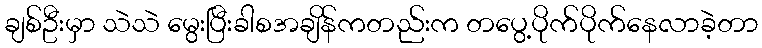
ချစ်ဦးမှာ သဲသဲ မွေးပြီးခါစအချိန်ကတည်းက တပွေ့ပိုက်ပိုက်နေလာခဲ့တာ